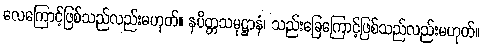
လေကြောင့်ဖြစ်သည်လည်းမဟုတ်။ နပိတ္တသမုဋ္ဌာနံ၊ သည်းခြေကြောင့်ဖြစ်သည်လည်းမဟုတ်။